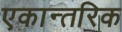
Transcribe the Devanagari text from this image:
एकान्तरिक